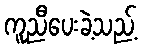
ကူညီပေးခဲ့သည့်